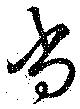
尚